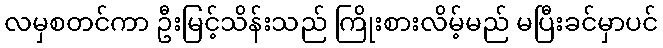
လမှစတင်ကာ ဦးမြင့်သိန်းသည် ကြိုးစားလိမ့်မည် မပြီးခင်မှာပင်